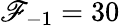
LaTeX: \mathscr{F}_{-1}=30